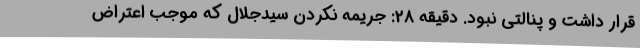
قرار داشت و پنالتی نبود. دقیقه 28: جریمه نکردن سیدجلال که موجب اعتراض